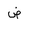
Letter: _dad